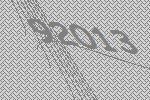
92013